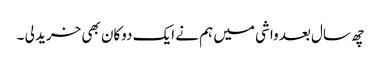
چھ سال بعد واشی میں ہم نے ایک دوکان بھی خرید لی ۔